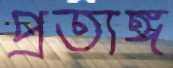
প্রত্যঙ্গ